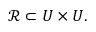
{ \mathcal { R } } \subset U \times U .